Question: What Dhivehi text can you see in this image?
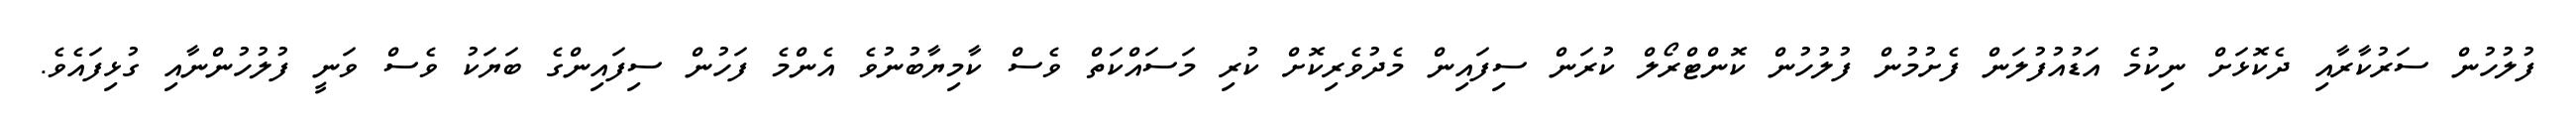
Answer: ފުލުހުން ސަރުކާރާއި ދެކޮޅަށް ނިކުމެ އަޑުއުފުލަން ފެށުމުން ފުލުހުން ކޮންޓްރޯލް ކުރަން ސިފައިން މެދުވެރިކޮށް ކުރި މަސައްކަތް ވެސް ކާމިޔާބުނުވެ އެންމެ ފަހުން ސިފައިންގެ ބަޔަކު ވެސް ވަނީ ފުލުހުންނާއި ގުޅިފައެވެ.